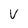
Character: V